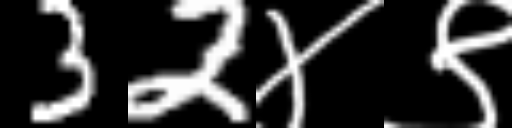
Text: 32४९